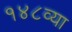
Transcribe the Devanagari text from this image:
१४८व्या